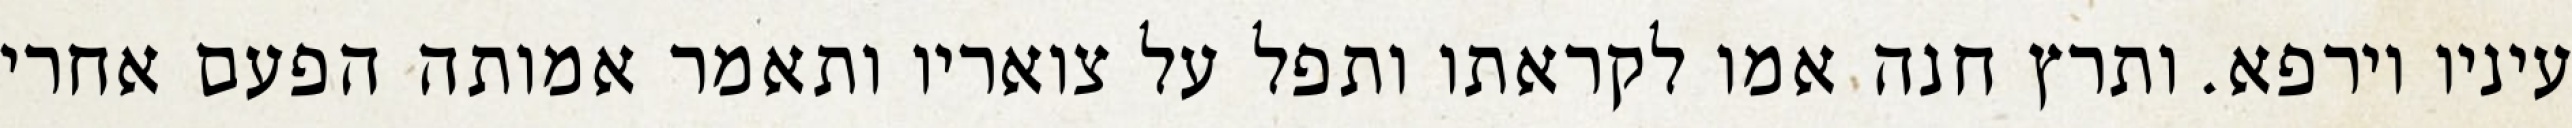
עיניו וירפא. ותרץ חנה אמו לקראתו ותפל על צואריו ותאמר אמותה הפעם אחרי